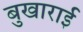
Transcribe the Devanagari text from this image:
बुखाराई